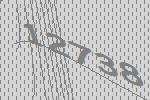
12738